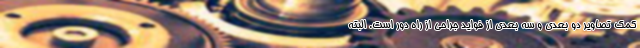
کمک تصاویر دو بعدی و سه بعدی از فواید جراحی از راه دور است. البته